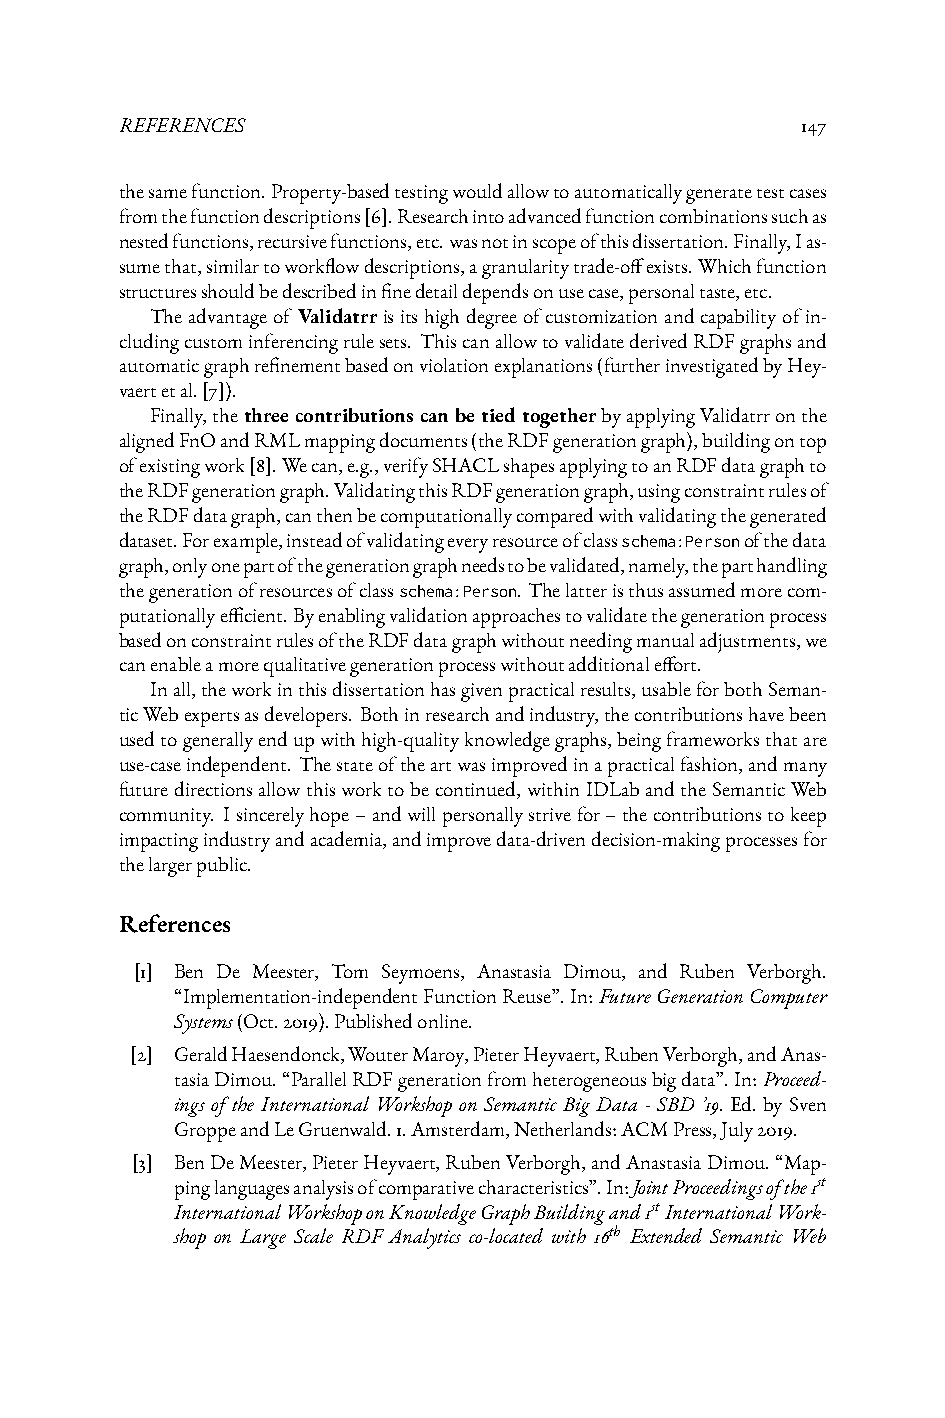
REFERENCES                                   147
 thesamefunction.Property-basedtestingwouldallowtoautomaticallygeneratetestcases
 fromthefunctiondescriptions[6].Researchintoadvancedfunctioncombinationssuchas
 nestedfunctions,recursivefunctions,etc.wasnotinscopeofthisdissertation.Finally,Ias-
 sumethat,similartoworkflowdescriptions,agranularitytrade-offexists.Whichfunction
 structuresshouldbedescribedinfinedetaildependsonusecase,personaltaste,etc.
 Theadvantageof Validatrrisitshighdegreeofcustomizationandcapabilityofin-
 cludingcustominferencingrulesets. ThiscanallowtovalidatederivedRDFgraphsand
 automaticgraphrefinementbasedonviolationexplanations(furtherinvestigatedbyHey-
 vaertetal.[7]).
 Finally,thethree contributions can be tied togetherbyapplyingValidatrronthe
 alignedFnOandRMLmappingdocuments(theRDFgenerationgraph),buildingontop
 ofexistingwork[8].Wecan,e.g.,verifySHACLshapesapplyingtoanRDFdatagraphto
 theRDFgenerationgraph.ValidatingthisRDFgenerationgraph,usingconstraintrulesof
 theRDFdatagraph,canthenbecomputationallycomparedwithvalidatingthegenerated
 dataset.Forexample,insteadofvalidatingeveryresourceofclassschema:Personofthedata
 graph,onlyonepartofthegenerationgraphneedstobevalidated,namely,theparthandling
 thegenerationofresourcesofclassschema:Person. Thelatteristhusassumedmorecom-
 putationallyefficient.Byenablingvalidationapproachestovalidatethegenerationprocess
 basedonconstraintrulesoftheRDFdatagraphwithoutneedingmanualadjustments,we
 canenableamorequalitativegenerationprocesswithoutadditionaleffort.
 Inall,theworkinthisdissertationhasgivenpracticalresults,usableforbothSeman-
 ticWebexpertsasdevelopers. Bothinresearchandindustry,thecontributionshavebeen
 usedtogenerallyendupwithhigh-qualityknowledgegraphs,beingframeworksthatare
 use-caseindependent. Thestateoftheartwasimprovedinapracticalfashion,andmany
 futuredirectionsallowthisworktobecontinued,withinIDLabandtheSemanticWeb
 community. Isincerelyhope–andwillpersonallystrivefor–thecontributionstokeep
 impactingindustryandacademia,andimprovedata-drivendecision-makingprocessesfor
 thelargerpublic.
 References
 [1] Ben De Meester, Tom Seymoens, Anastasia Dimou, and Ruben Verborgh.
 “Implementation-independentFunctionReuse”.In:FutureGenerationComputer
 Systems(Oct.2019).Publishedonline.
 [2] GeraldHaesendonck,WouterMaroy,PieterHeyvaert,RubenVerborgh,andAnas-
 tasiaDimou.“ParallelRDFgenerationfromheterogeneousbigdata”.In:Proceed-
 ings of the International Workshop on Semantic Big Data - SBD ’19. Ed. by Sven
 GroppeandLeGruenwald.1.Amsterdam,Netherlands:ACMPress,July2019.
 [3] BenDeMeester,PieterHeyvaert,RubenVerborgh,andAnastasiaDimou.“Map-
 pinglanguagesanalysisofcomparativecharacteristics”.In:JointProceedingsofthe1st
 InternationalWorkshoponKnowledgeGraphBuildingand1stInternationalWork-
 shop on Large Scale RDF Analytics co-located with 16th Extended Semantic Web